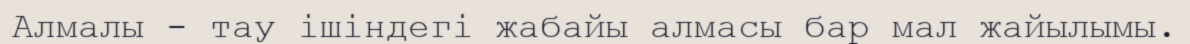
Алмалы - тау ішіндегі жабайы алмасы бар мал жайылымы.